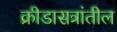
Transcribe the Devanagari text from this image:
क्रीडासत्रांतील